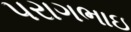
પરાગભાઇ